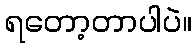
ရတော့တာပါပဲ။